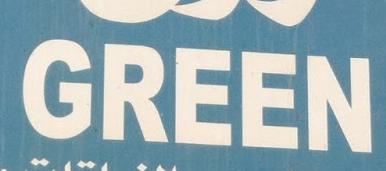
green